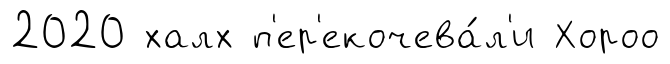
2020 халх п'ер'екочева́л'и Хороо